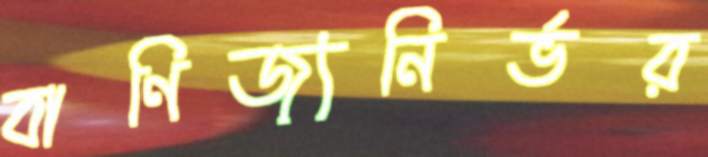
বাণিজ্যনির্ভর